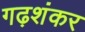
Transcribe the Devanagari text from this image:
गढ़शंकर